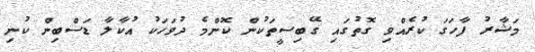
މަޝާރު ފާހަގަ ކުރެއްވި ގޮތުގައި ގޭބިސީތަކުން ކޮންމެ ދުވަހަކު އުކާލާ ޑަސްބިން ކުނި